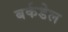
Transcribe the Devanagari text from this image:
बर्कडेल